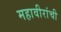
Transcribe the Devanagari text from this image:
महावीरांची